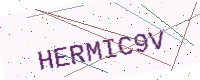
Text: HERMIC9V